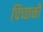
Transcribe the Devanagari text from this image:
चिच्छक्तौ